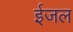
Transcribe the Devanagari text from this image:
ईजल